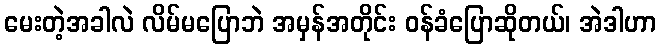
မေးတဲ့အခါလဲ လိမ်မပြောဘဲ အမှန်အတိုင်း ဝန်ခံပြောဆိုတယ်၊ အဲဒါဟာ